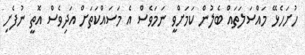
ހުށަހެޅޭ މައްސަލަތައް ބެލުން ކަމަށްވީ ނަމަވެސް އެ މަސައްކަތަށް އަދިވެސް އޮތީ ނުފެށި